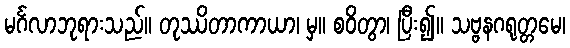
မင်္ဂလာဘုရားသည်။ တုဿိတာကာယာ၊ မှ။ စဝိတွာ၊ ပြီး၍။ သဗ္ဗနဂရုတ္တမေ၊